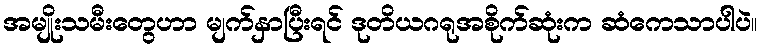
အမျိုးသမီးတွေဟာ မျက်နှာပြီးရင် ဒုတိယဂရုအစိုက်ဆုံးက ဆံကေသာပါပဲ။